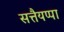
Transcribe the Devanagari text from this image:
सत्तैयप्पा